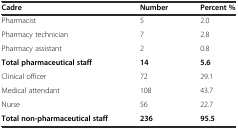
| Cadre | Number | Percent % |
 | --- | --- | --- |
 | Pharmacist | 5 | 2.0 |
 | Pharmacy technician | 7 | 2.8 |
 | Pharmacy assistant | 2 | 0.8 |
 | Total pharmaceutical staff | 14 | 5.6 |
 | Clinical officer | 72 | 29.1 |
 | Medical attendant | 108 | 43.7 |
 | Nurse | 56 | 22.7 |
 | Total non-pharmaceutical staff | 236 | 95.5 |